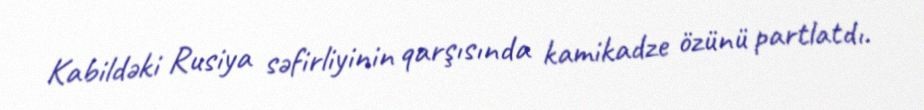
Kabildəki Rusiya səfirliyinin qarşısında kamikadze özünü partlatdı.